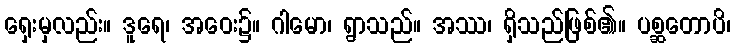
ရှေးမှလည်း။ ဒူရေ၊ အဝေး၌။ ဂါမော၊ ရွာသည်။ အဿ၊ ရှိသည်ဖြစ်၏။ ပစ္ဆတောပိ၊